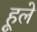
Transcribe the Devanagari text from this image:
हूले